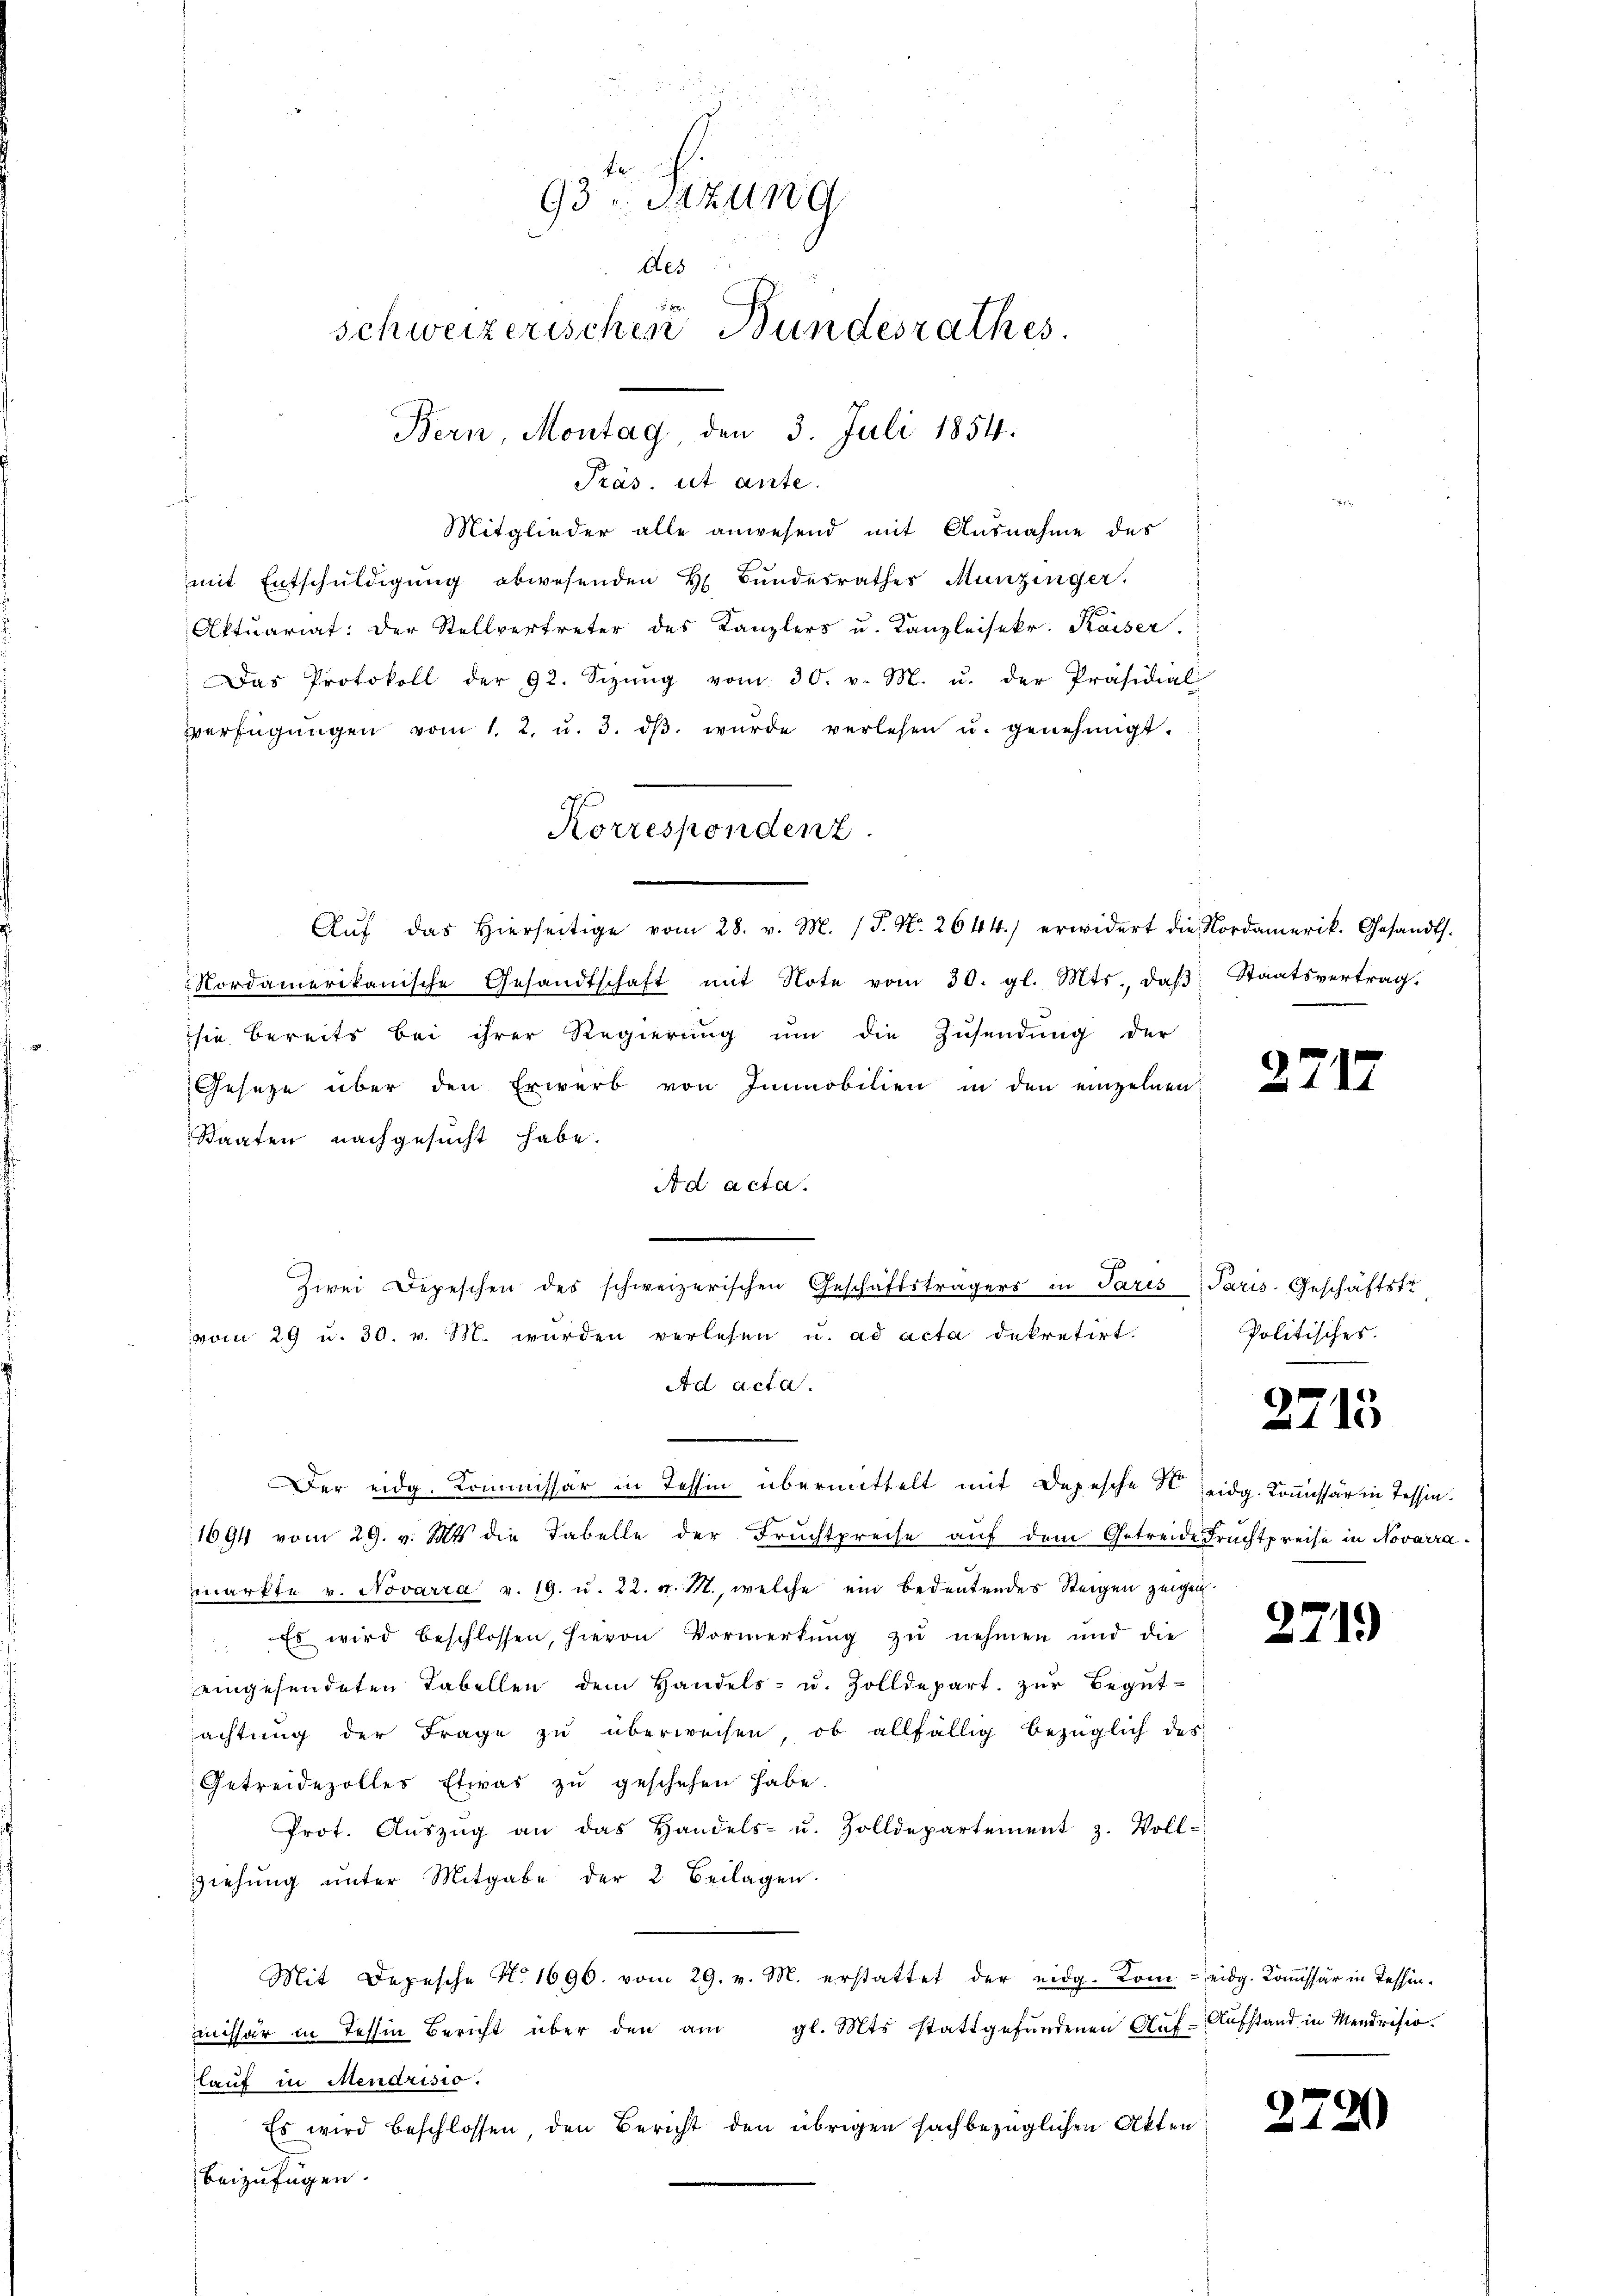
.
Mitglieder alle anwesend mit Ausnahme des
mit Entschŭldigŭng abwesenden H. Bŭndesrathes Munzinger.
Aktuariat. Der Stellvertreter des Kanzlers u. Kanzleisekr. Kaiser.
Das Protokoll der 92. Sizŭng vom 30. v. M. u. der Präsidial
Verfügŭngen vom 1. 2. u. 3. dβ wŭrde verlesen u. genehmigt.
Nordamerikanische Gesandtschaft mit Note vom 30. gl. Mts., daβ, Staatsvertrag.
sie bereits bei ihrer Regierŭng ŭm die Zusendung der
Geseze über den Erwerb von Immobilien in den einzelnen
Staaten nachgesucht habe.
Ad acta.
vom 29 u. 30. v. M. wurden verlesen u. ad acta dekretirt.
Ad acta.
s
Der eidg. Kommissär in Tessin übermittelt mit Depesche eidg. Kommissär in Tessin.
1694 vom 29. v. Mts. die Tabelle der Fruchtpreise auf dem Getreide Fruchtpreise in Novarramarkte v. Novarra v. 19. u. 22. v. M., welche ein bedeutendes Steigen zeigen
" Es wird beschlossen, hievon Vormerkŭng zŭ nehmen und die
eingesendeten Tabellen dem Handels- u. Zolldepart. zŭr Begŭt-
achtŭng der Frage zŭ überweisen, ob allfällig bezüglich des
Getreidezolles Etwas zŭ geschehen habe.
Prot. Aŭszŭg an das Handels- u. Zolldepartement z. Voll-
Ziehŭng ŭnter Mitgabe der 2 Beilagen.
Mit Depesche N. 1696. vom 29. v. M. erstattet der eidg. Kom-eidg. Kommissär in Tessinmissär in Tessin Bericht über den am gl. Mts. stattgefundenen Auf-Aufstand in Mendrisio.
lauf in Mendrisio.
Es wird beschlossen den Bericht den übrigen sachbezüglichen Akten
beizufügen.

93 Sizung
Aes
schweizerischen Bundesrathes.
Bern, Montag, den 3. Juli 1854.

Präs. ist ante.

Korrespondenz.
Aŭf das hierseitige vom 28. v. M. (T. N. 2644.) erwidert die Nordamerik. Gesandts.

x
Zwei Depeschen des schweizerischen Geschäftsträgers in Paris Paris. Geschäftsfr.

2712

Politisches.

2715

2719

279